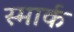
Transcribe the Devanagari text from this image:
स्मार्क